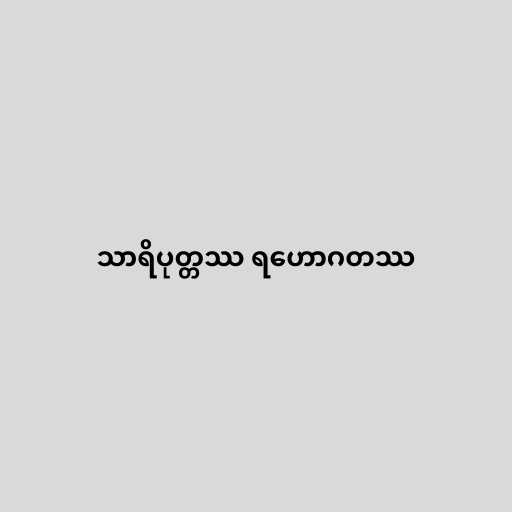
သာရိပုတ္တဿ ရဟောဂတဿ